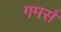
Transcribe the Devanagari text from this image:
गमर्स